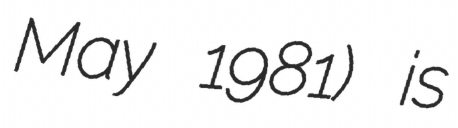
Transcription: May 1981) is